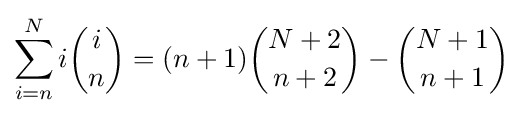
\sum _{i=n}^{N}i{i \choose n}=(n+1){N+2 \choose n+2}-{N+1 \choose n+1}